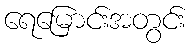
ရေမြောင်းအတွင်း